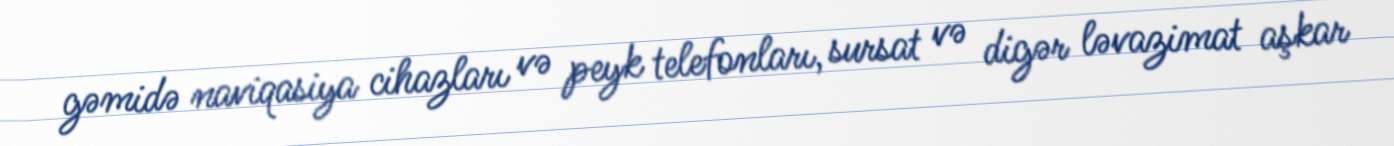
gəmidə naviqasiya cihazları və peyk telefonları, sursat və digər ləvazimat aşkar